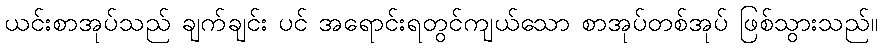
ယင်းစာအုပ်သည် ချက်ချင်း ပင် အရောင်းရတွင်ကျယ်သော စာအုပ်တစ်အုပ် ဖြစ်သွားသည်။